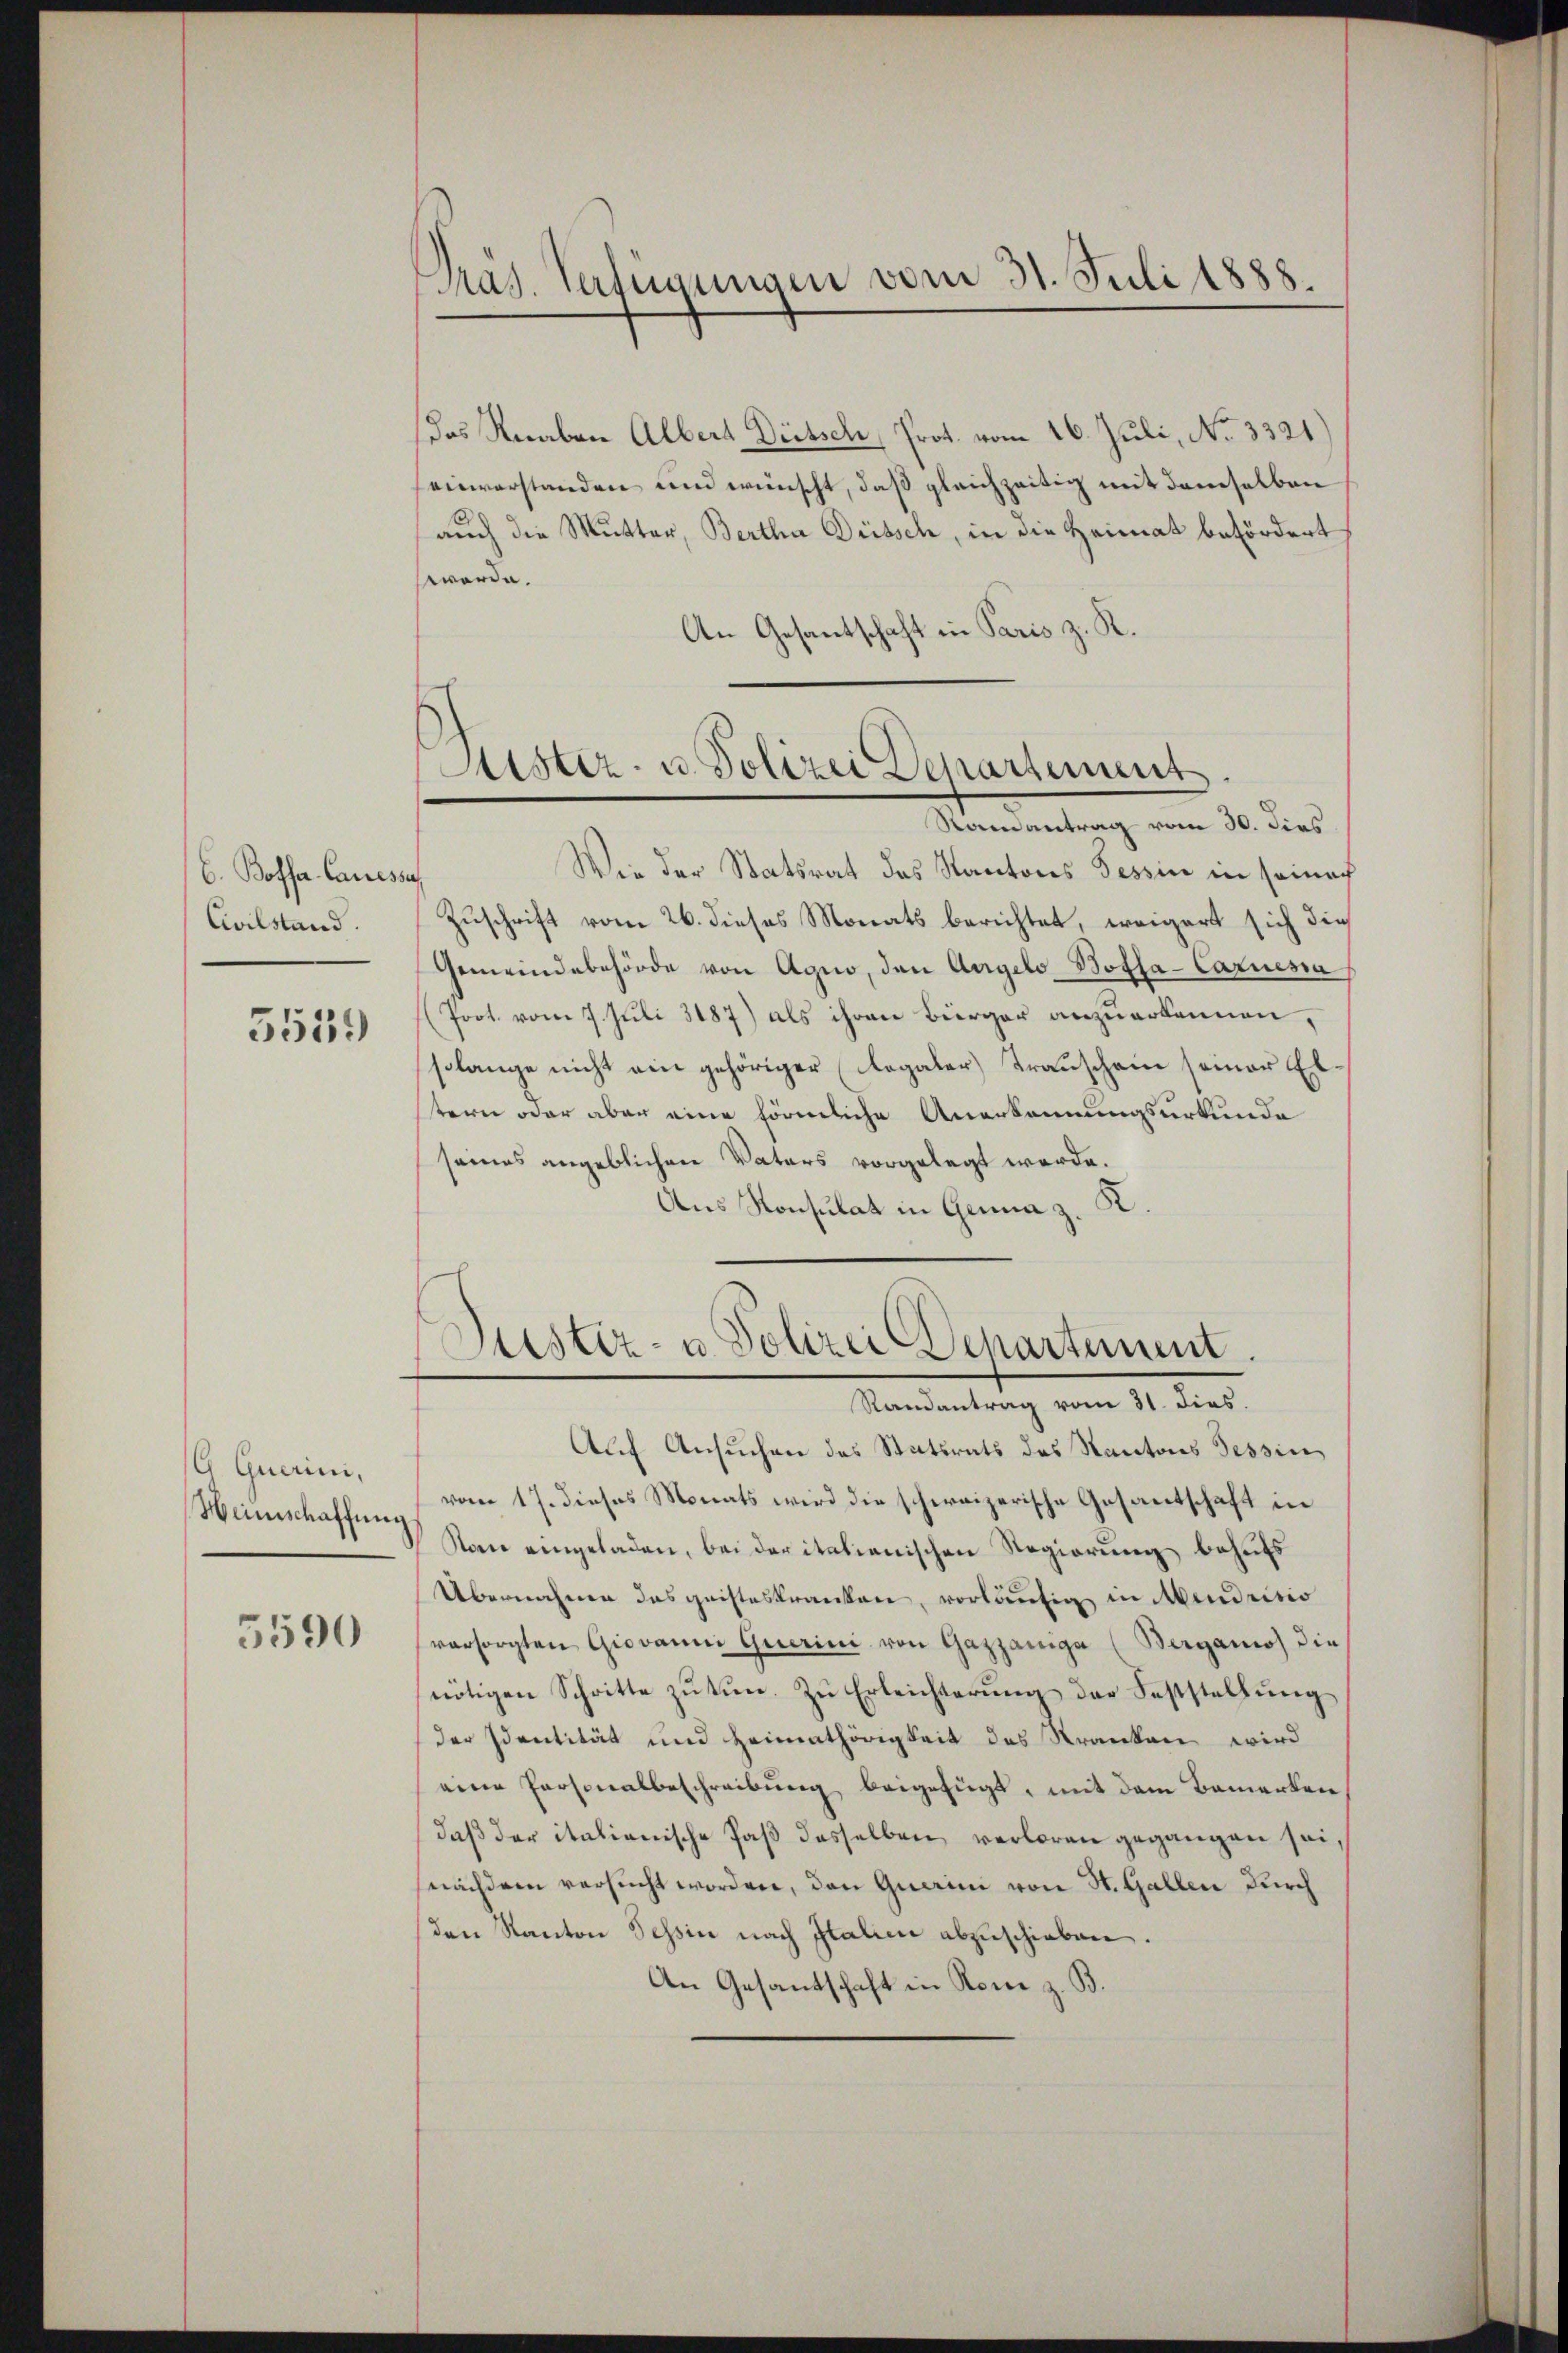
C. Boffar. Cancessa
Civilstand.
5559

G Guerini,
Heinschaffung

5590

das Knaben Albert Dürtsch, Prot. vom 26. Juli, No. 3321)
einverstanden und wünscht, daß gleichzeitig mit demselben
auch die Mutter, Bertha Düssch, in die Heimat befördert
werde.
An Gesantschaft in Paris z. R.

Präs. Verfügungen vom 31. Juli 1888.

Sistiz- u. Polizei Departement
Raenantrag vom 30. dies

Wie der Statsrat des Kantons Tessin in seine
Zuschrift vom 26. dieses Monats berichtet, weigert sich die
Gemeindebehörde von Agno, den Angelo Bofla-Caruessa
Prot. vom 7. Juli 3187) als ihren Bürger anzuerkennen,
solange nicht ein gehöriger (Regaler) Trauschein seiner El
tern oder aber eine förmliche Anerkennungsurkunde
seines angeblichen Vaters vorgelegt werde.
Aus Konsulat in Genua z. K.

Liester- u Polizei Departement.
Randantrag vom 31. dies

Auf Ansuchen des Statirats des Kantons Tessin,
vom 17. dieses Monats wird die schweizerische Gesantschaft in
Nom eingeladen, bei der italienischen Regierung behufs
Übernahmen das geisteskranken, vorläufig in Abendrisio
vorsorgten Giovanni Querini von Gazzaniga (Berganio die
nötigen Schritte zu tun. Zu Erleichterung der Feststellung
der Identität und Heimathörigkeit des Kranken wird
nene Personalbeschreibung beigefügt, mit dem Bemerken
daß der italienische Paß desselben verloren gegangen seisnachdem versucht worden, den Querini von St. Gallen durch
den Kanton Tessin nach Italien abzuschieben.
An Gesantschaft in Rome z. B.